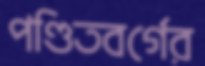
পণ্ডিতবর্গের